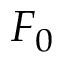
F _ { 0 }